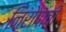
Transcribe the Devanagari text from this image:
निरोपाची